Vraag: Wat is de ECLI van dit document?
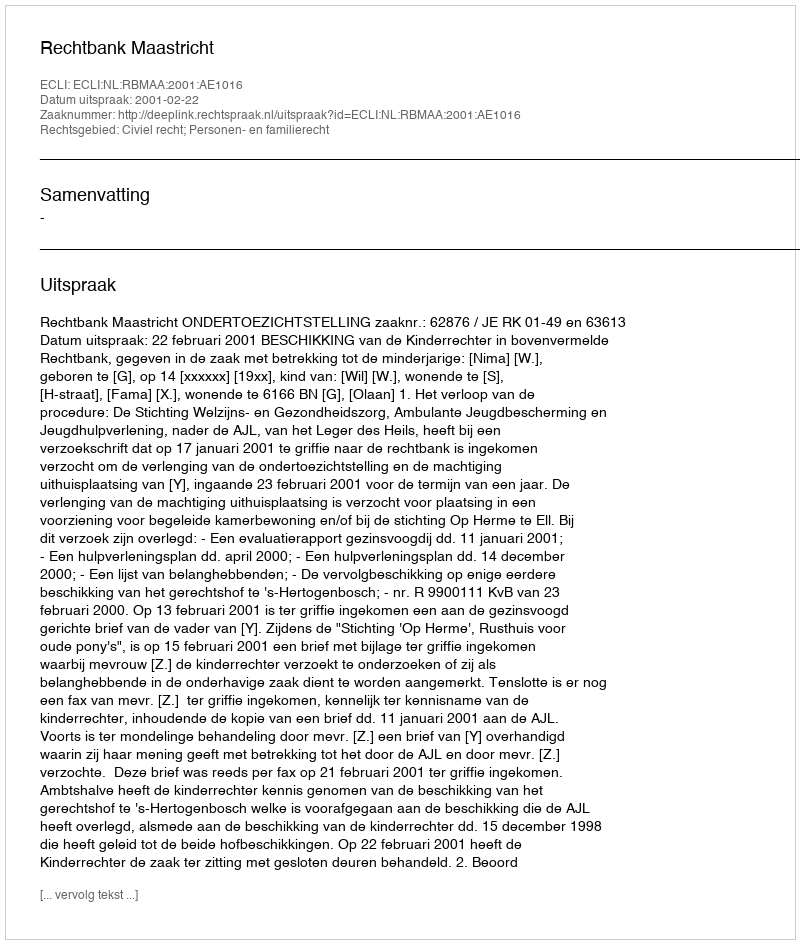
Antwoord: ECLI:NL:RBMAA:2001:AE1016